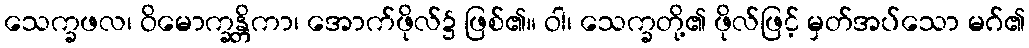
သေက္ခဖလ၊ ဝိမောက္ခန္တိကာ၊ အောက်ဖိုလ်၌ ဖြစ်၏။ ဝါ၊ သေက္ခတို့၏ ဖိုလ်ဖြင့် မှတ်အပ်သော မဂ်၏